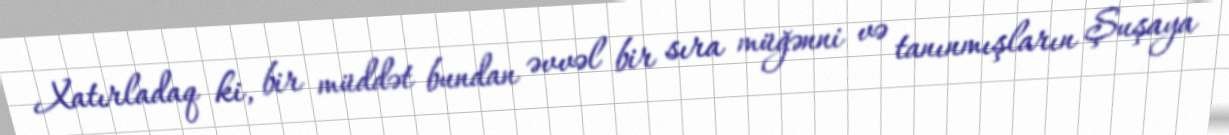
Xatırladaq ki, bir müddət bundan əvvəl bir sıra müğənni və tanınmışların Şuşaya